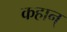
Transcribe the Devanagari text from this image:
कहान्